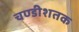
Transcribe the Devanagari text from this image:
चण्डीशतक